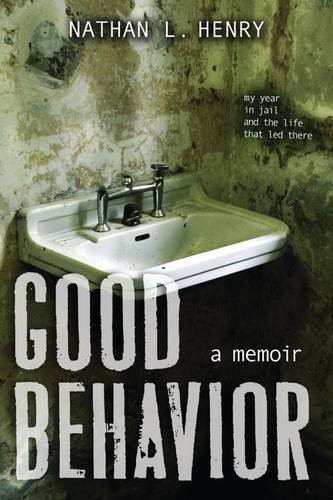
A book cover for Good Behavior; Nathan L. Henry; Teen & Young Adult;